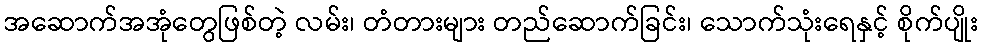
အဆောက်အအုံတွေဖြစ်တဲ့ လမ်း၊ တံတားများ တည်ဆောက်ခြင်း၊ သောက်သုံးရေနှင့် စိုက်ပျိုး